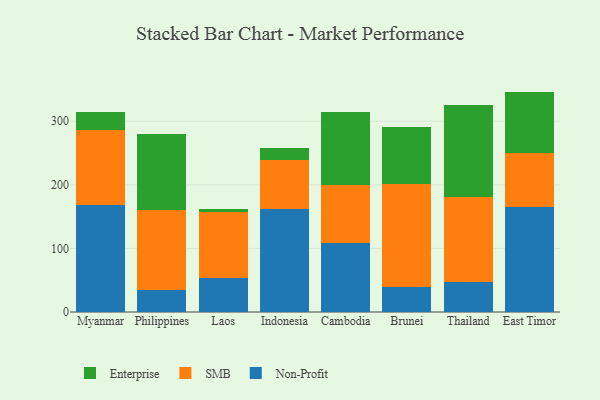
{"axis": {"x": "Country", "y": "Page Views"}, "legend": ["Enterprise", "Non-Profit", "SMB"], "data": [{"x": "Myanmar", "y": 168.4, "type": "Non-Profit"}, {"x": "Myanmar", "y": 117.7, "type": "SMB"}, {"x": "Myanmar", "y": 29.3, "type": "Enterprise"}, {"x": "Philippines", "y": 34.1, "type": "Non-Profit"}, {"x": "Philippines", "y": 127.0, "type": "SMB"}, {"x": "Philippines", "y": 118.9, "type": "Enterprise"}, {"x": "Laos", "y": 53.4, "type": "Non-Profit"}, {"x": "Laos", "y": 103.5, "type": "SMB"}, {"x": "Laos", "y": 5.8, "type": "Enterprise"}, {"x": "Indonesia", "y": 161.8, "type": "Non-Profit"}, {"x": "Indonesia", "y": 76.8, "type": "SMB"}, {"x": "Indonesia", "y": 19.6, "type": "Enterprise"}, {"x": "Cambodia", "y": 107.9, "type": "Non-Profit"}, {"x": "Cambodia", "y": 92.4, "type": "SMB"}, {"x": "Cambodia", "y": 114.8, "type": "Enterprise"}, {"x": "Brunei", "y": 39.6, "type": "Non-Profit"}, {"x": "Brunei", "y": 161.3, "type": "SMB"}, {"x": "Brunei", "y": 90.1, "type": "Enterprise"}, {"x": "Thailand", "y": 47.7, "type": "Non-Profit"}, {"x": "Thailand", "y": 132.5, "type": "SMB"}, {"x": "Thailand", "y": 145.7, "type": "Enterprise"}, {"x": "East Timor", "y": 164.6, "type": "Non-Profit"}, {"x": "East Timor", "y": 85.4, "type": "SMB"}, {"x": "East Timor", "y": 96.7, "type": "Enterprise"}]}